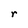
Character: r